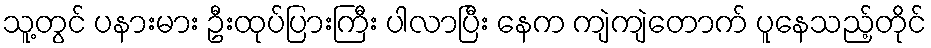
သူ့တွင် ပနားမား ဦးထုပ်ပြားကြီး ပါလာပြီး နေက ကျဲကျဲတောက် ပူနေသည့်တိုင်